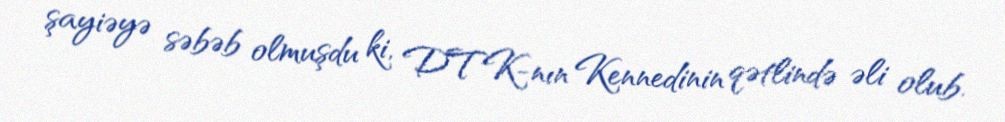
şayiəyə səbəb olmuşdu ki, DTK-nın Kennedinin qətlində əli olub.